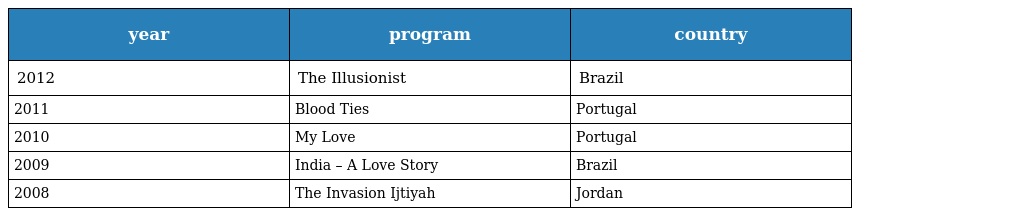
| year | program | country |
 | --- | --- | --- |
 | 2012 | The Illusionist | Brazil |
 | 2011 | Blood Ties | Portugal |
 | 2010 | My Love | Portugal |
 | 2009 | India – A Love Story | Brazil |
 | 2008 | The Invasion Ijtiyah | Jordan |